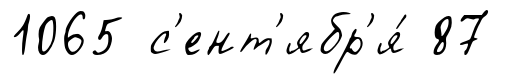
1065 с'ент'ябр'я́ 87